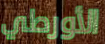
الأورطي